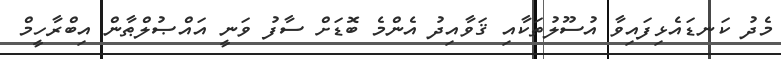
މެދު ކަނޑައެޅިފައިވާ އުސޫލުތަކާއި ޤަވާއިދު އެންމެ ބޮޑަށް ސާފު ވަނީ އައްޞުލްޠާން އިބްރާހީމް